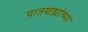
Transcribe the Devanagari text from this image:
पातशह्यांच्या